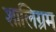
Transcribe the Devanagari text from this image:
शालिग्रम